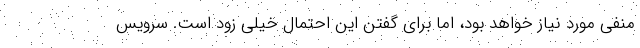
منفی مورد نیاز خواهد بود، اما برای گفتن این احتمال خیلی زود است. سرویس